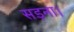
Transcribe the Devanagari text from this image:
सड़ना।